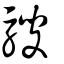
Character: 騪